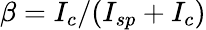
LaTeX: \beta=I_{c}/(I_{sp}+I_{c})